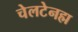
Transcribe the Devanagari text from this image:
चेलटेनह्म